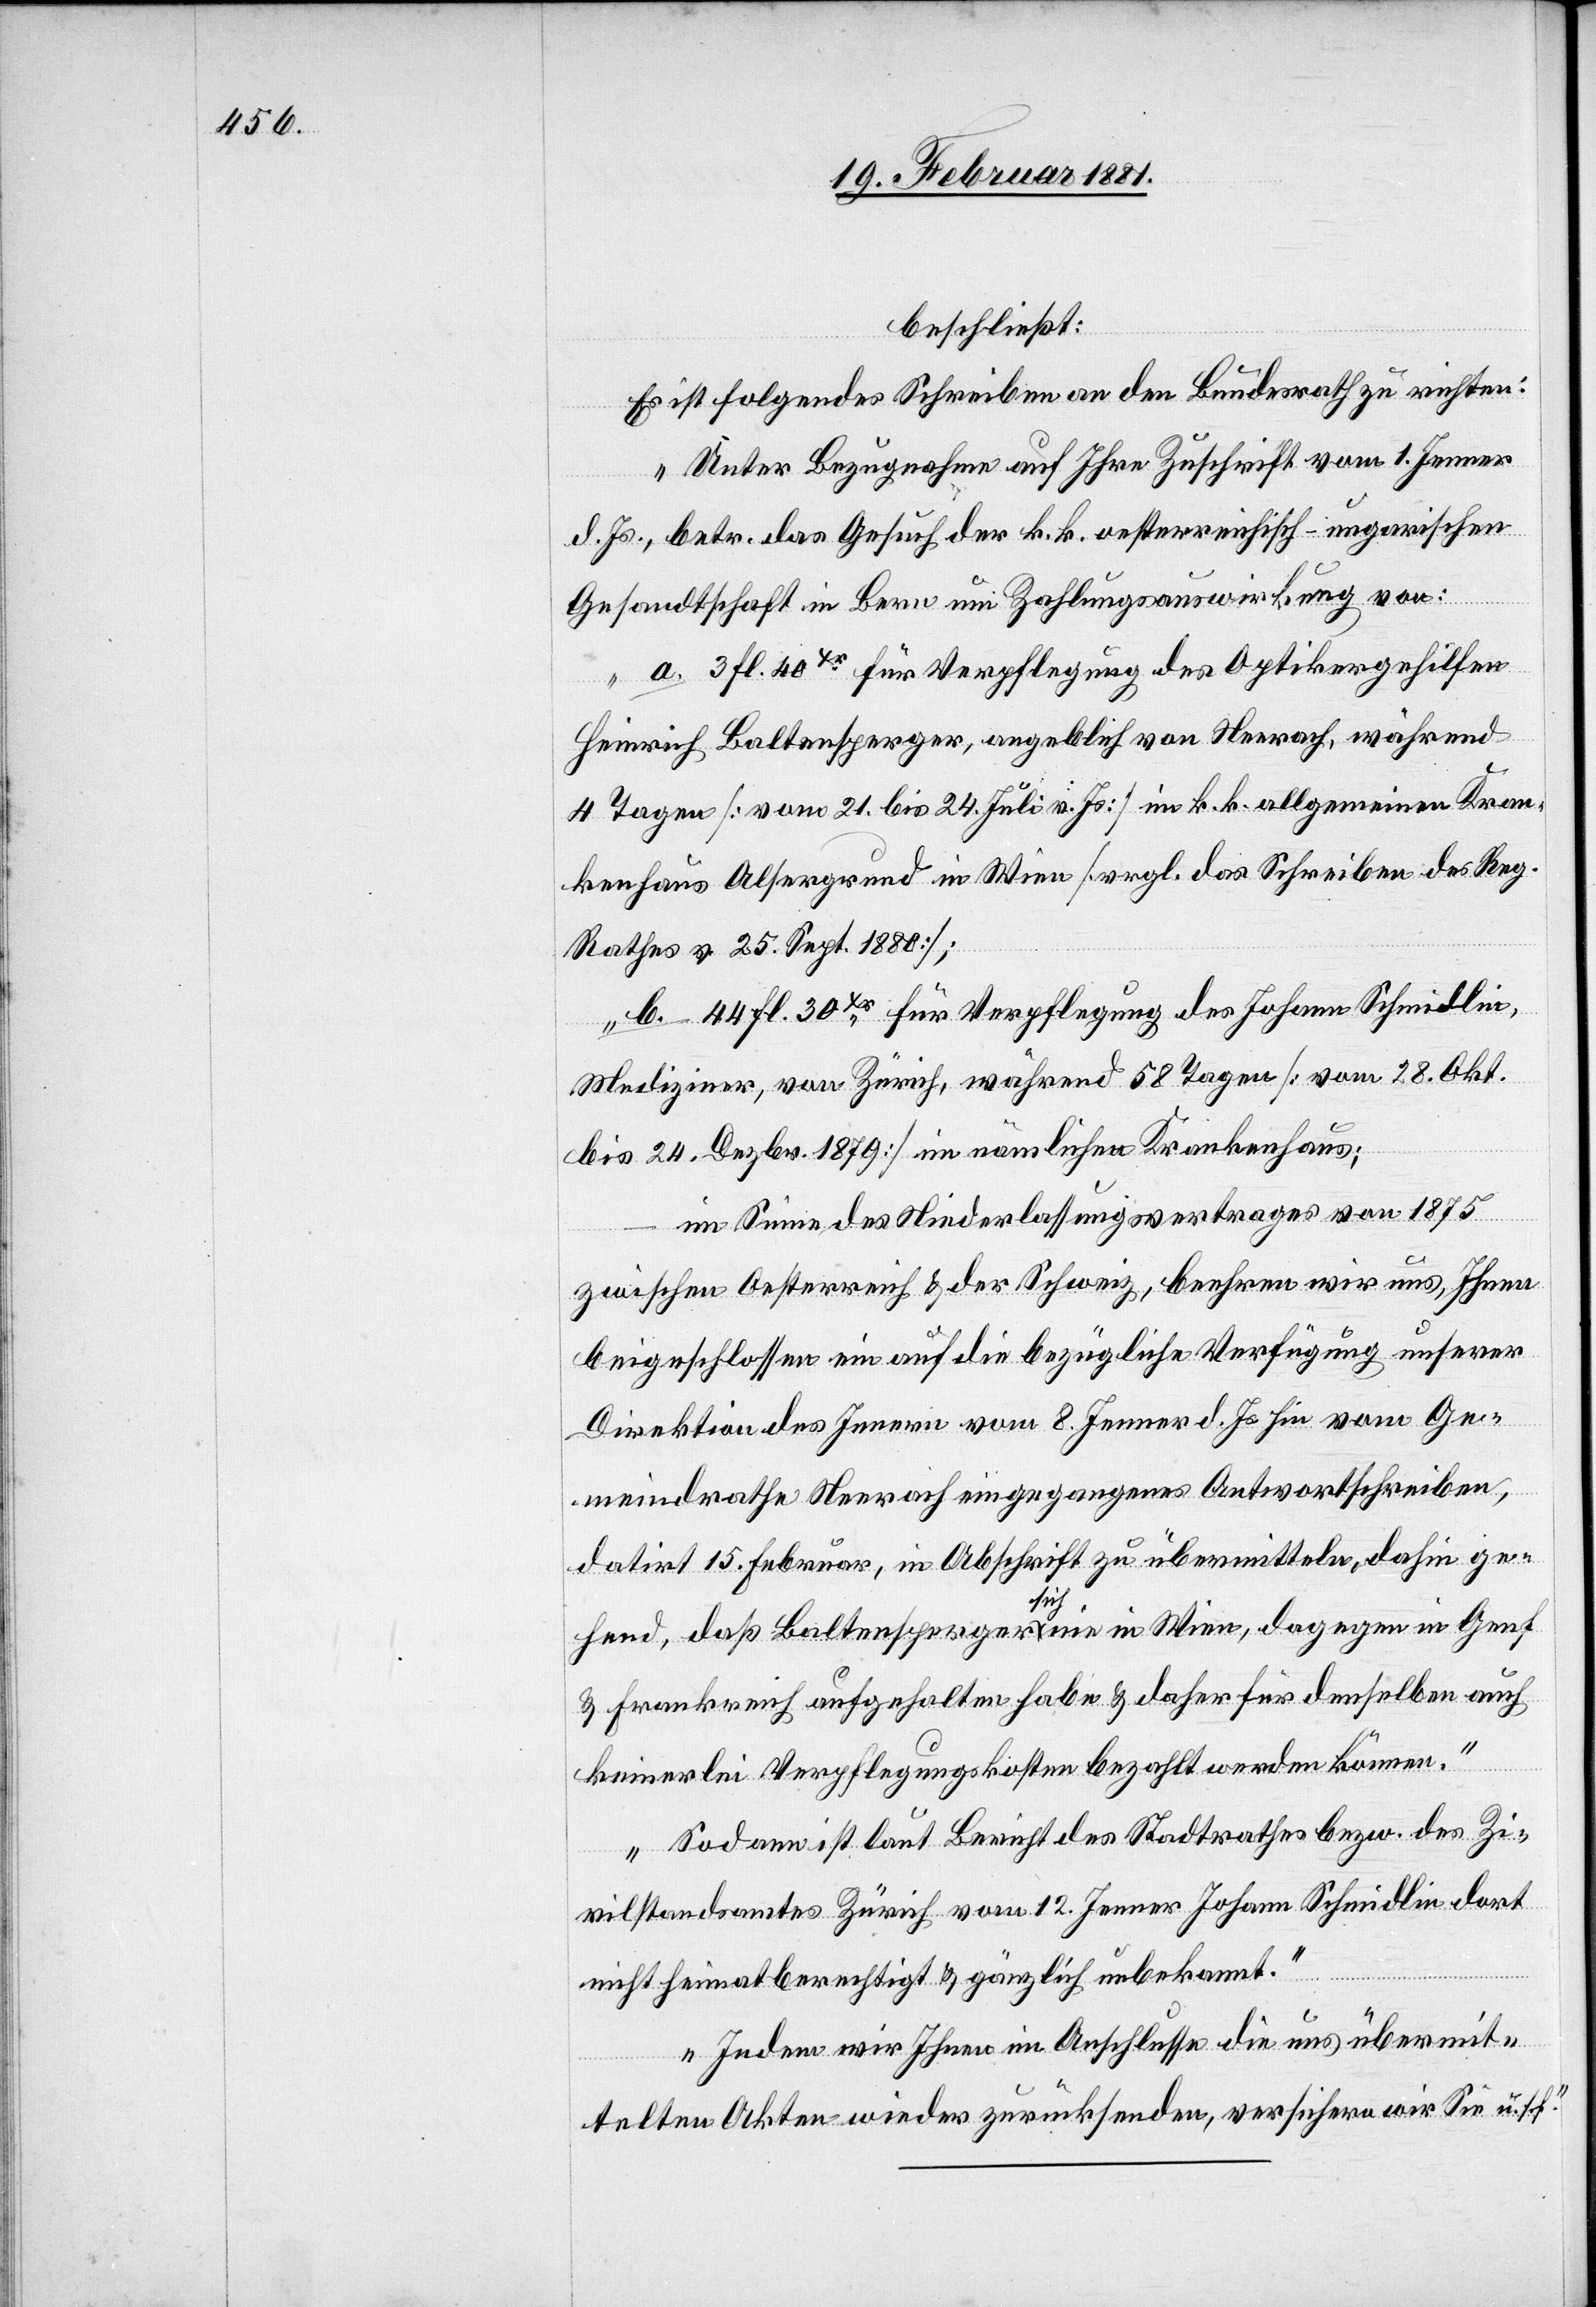
beschließt:
Es ist folgendes Schreiben an den Bundesrath zu richten:
„Unter Bezugnahme auf Ihre Zuschrift vom 1. Jenner
d. Js., betr. das Gesuch der k. k. oesterreichisch-ungarischen
Gesandtschaft in Bern um Zahlungsauswirkung von:
a. 3 fl. 40xr für Verpflegung des Optikergehilfen
Heinrich Baltensperger, angeblich von Neerach, während
4 Tagen [vom 21. bis 24. Juli v. Js.] im k. k. allgemeinen Kran¬
kenhaus Alsergrund in Wien [vergl. das Schreiben des Reg.
Rathes v. 25. Sept. 1880];
b. 44 fl. 30xr für Verpflegung des Johann Schmidlin,
Mediziner, von Zürich, während 58 Tagen [vom 28. Okt.
bis 24. Dezbr 1879] im nämlichen Krankenhaus;
–
im Sinne des Niederlassungsvertrages von 1875
zwischen Oesterreich & der Schweiz, beehren wir uns, Ihnen
beigeschlossen ein auf die bezügliche Verfügung unserer
Direktion des Innern vom 8. Jenner d. Js. hin vom Ge¬
meindrathe Neerach eingegangenes Antwortschreiben,
datirt 15. Februar, in Abschrift zu übermitteln, dahin ge¬
hend, daß Baltensperger sich nie in Wien, dagegen in Genf
& Frankreich aufgehalten habe & daher für denselben auch
keinerlei Verpflegungskosten bezahlt werden können.
Sodann ist laut Bericht des Stadtrathes bezw. des Zi¬
vilstandsamtes Zürich vom 12. Jenner Johann Schmidlin dort
nicht heimatberechtigt & gänzlich unbekannt.
Indem wir Ihnen im Anschlusse die uns übermit¬
telten Akten wieder zurücksenden, versichern wir Sie u. s.